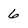
Character: 6